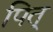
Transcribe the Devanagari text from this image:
पित्‌